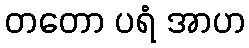
တတော ပရံ အာဟ